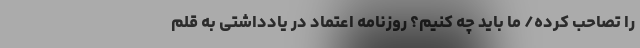
را تصاحب کرده/ ما باید چه کنیم؟ روزنامه اعتماد در یادداشتی به قلم